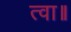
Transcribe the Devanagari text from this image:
त्वा॥